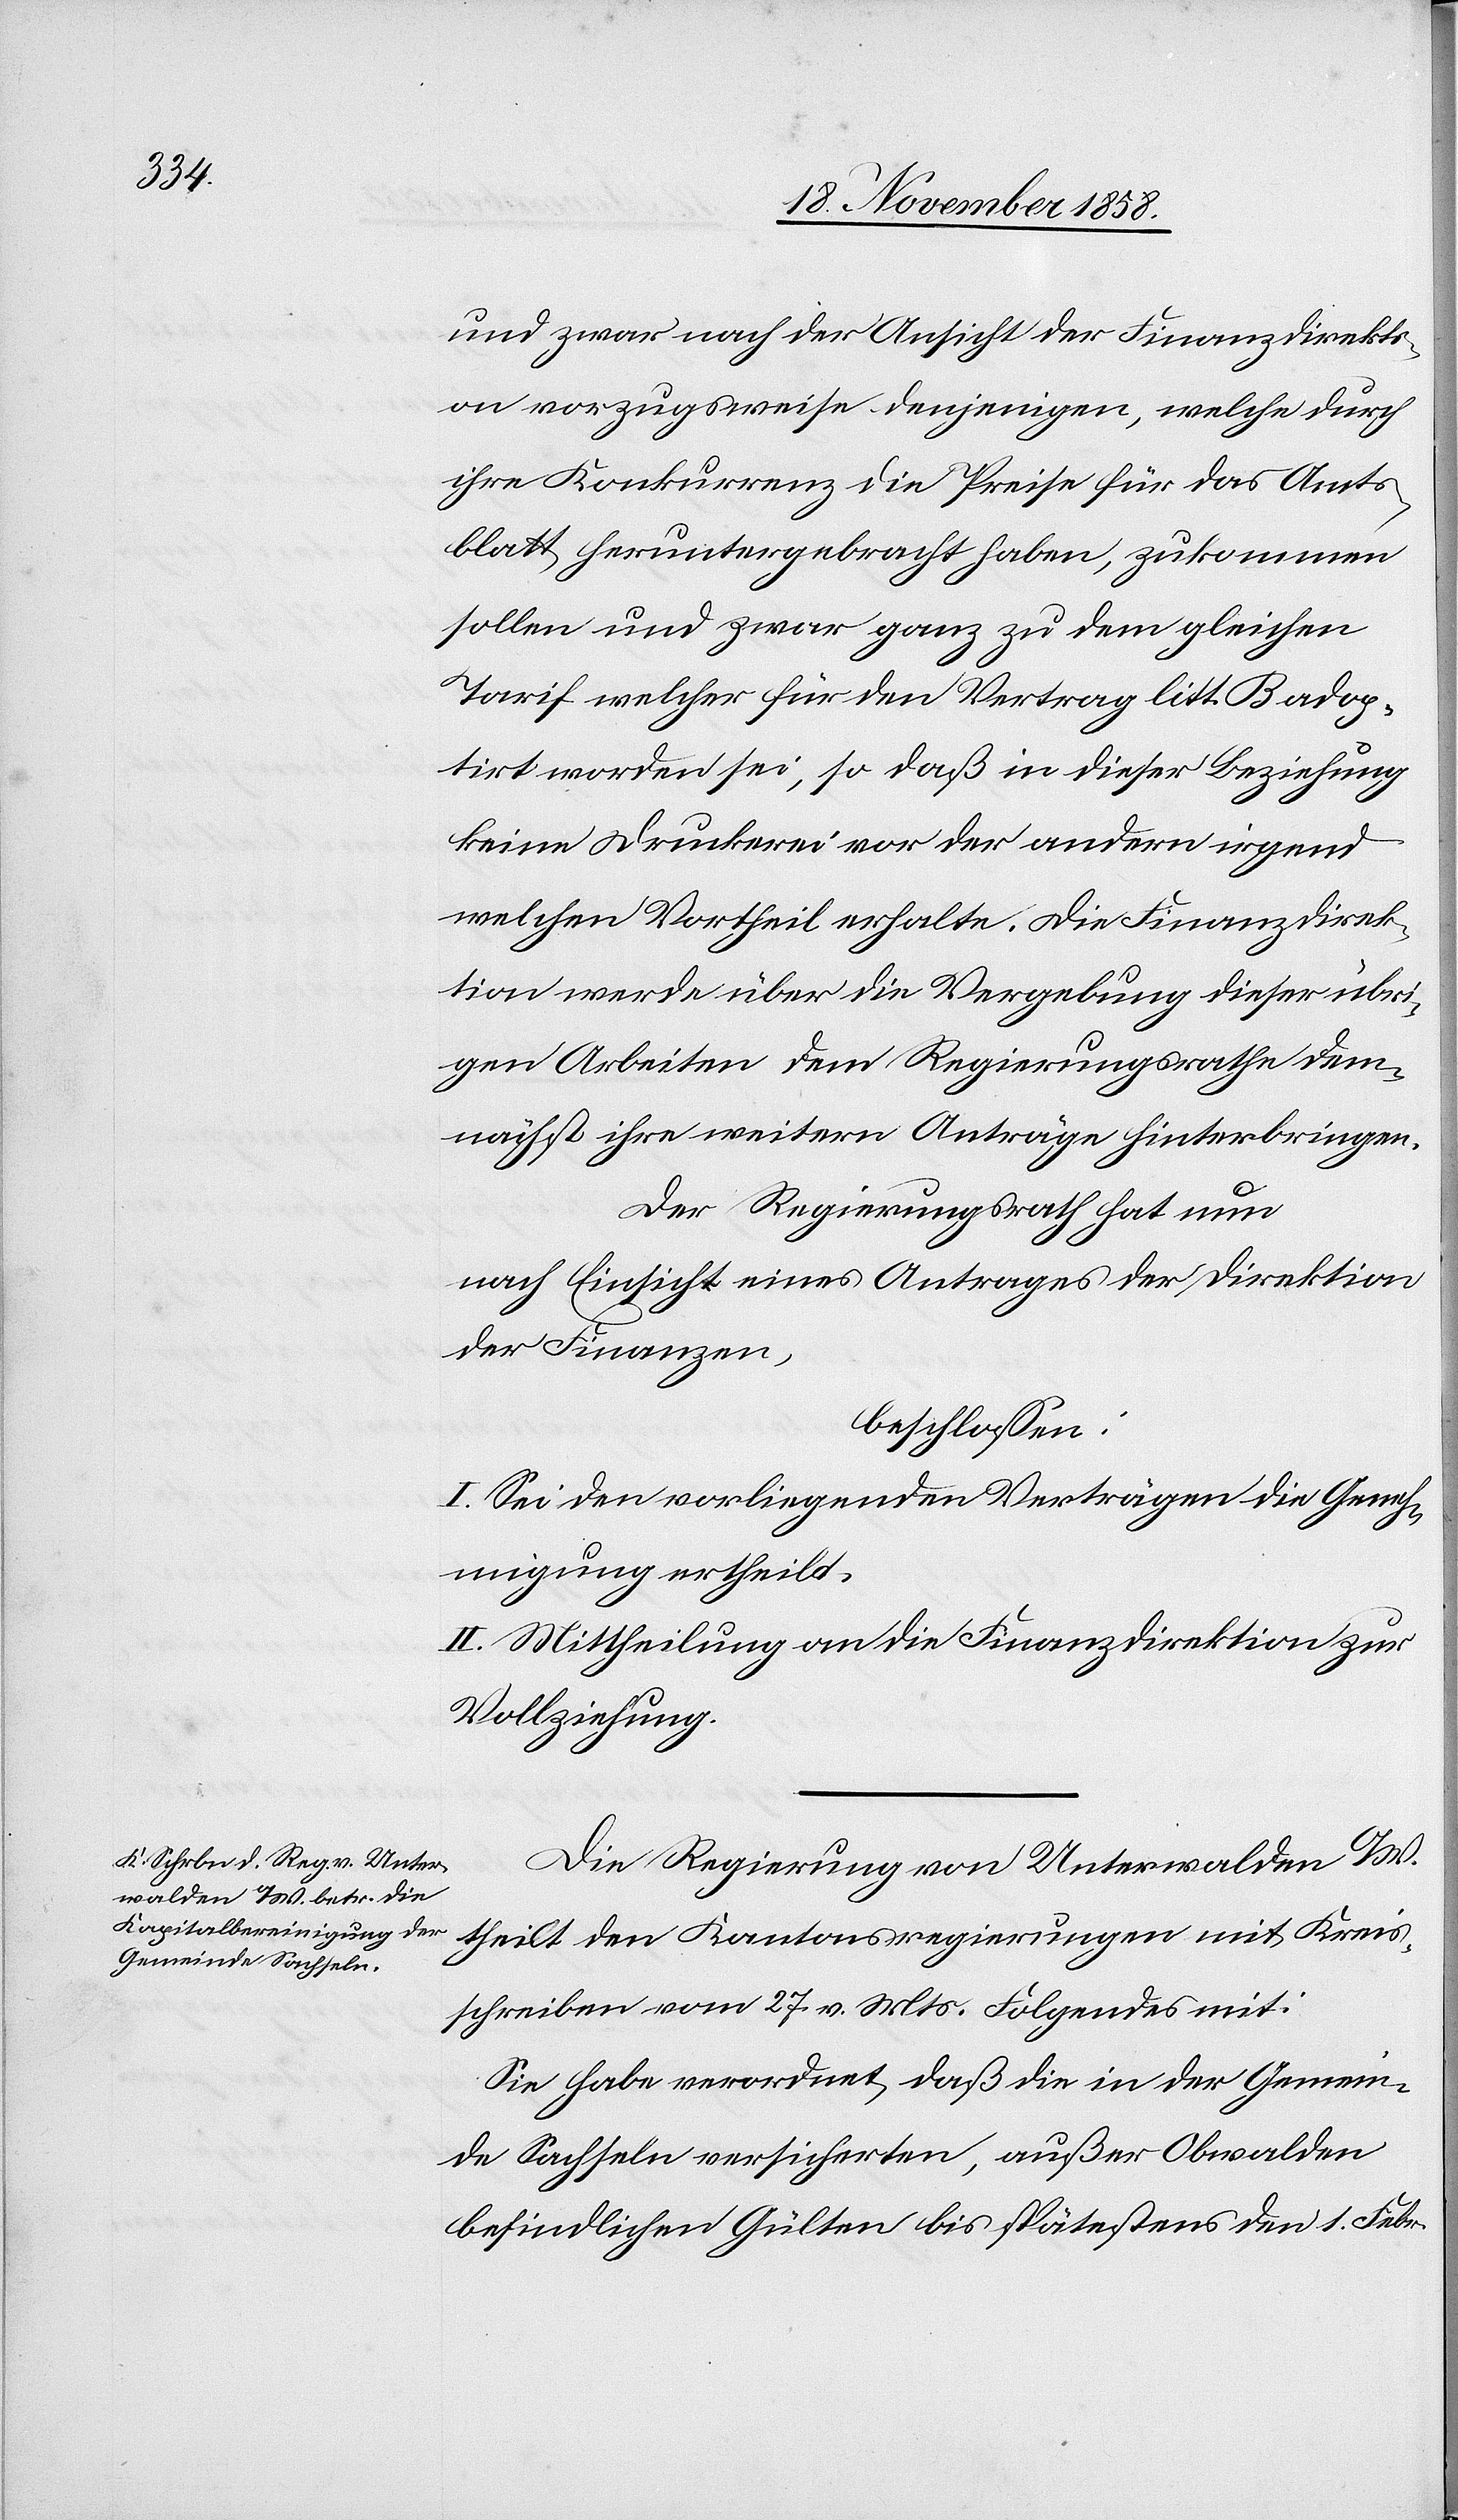
Kreis¬

und zwar nach der Ansicht der Finanzdirekti¬
on vorzugsweise denjenigen, welche durch
ihre Konkurrenz die Preise für das Amts¬
blatt heruntergebracht haben, zukommen
sollen und zwar ganz zu dem gleichen
Tarif welcher für den Vertrag litt. B adop¬
tirt worden sei, so daß in dieser Beziehung
keine Druckerei vor der andern irgend
welchen Vortheil erhalte. Die Finanzdirek¬
tion werde über die Vergebung dieser übri¬
gen Arbeiten dem Regierungsrathe dem¬
nächst ihre weitern Anträge hinterbringen.
Der Regierungsrath hat nun
nach Einsicht eines Antrages der Direktion
der Finanzen,
beschlossen:
I. Sei den vorliegenden Verträgen die Geneh¬
migung ertheilt.
II. Mittheilung an die Finanzdirektion zur
Vollziehung.
Die Regierung von Unterwalden O/W.
schreiben vom 27. v. Mts. Folgendes mit:
Sie habe verordnet, daß die in der Gemein¬
de Sachseln versicherten, außer Obwalden
befindlichen Gülten bis spätestens den 1. Febr.